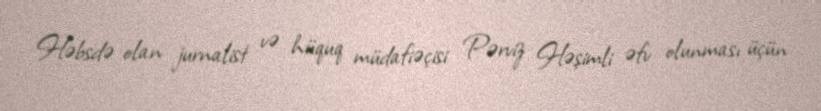
Həbsdə olan jurnalist və hüquq müdafiəçisi Pərviz Həşimli əfv olunması üçün